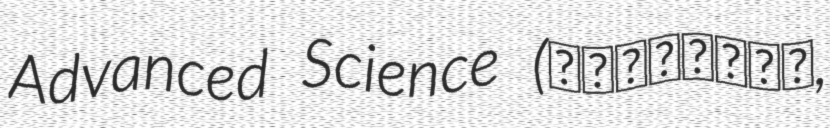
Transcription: Advanced Science (京都先端科学大学,